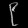
Digit: ၉